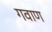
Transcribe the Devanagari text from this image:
गवाण